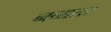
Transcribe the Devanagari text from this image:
नव्यतर